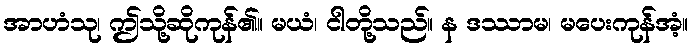
အာဟံသု၊ ဤသို့ဆိုကုန်၏။ မယံ၊ ငါတို့သည်။ န ဒဿာမ၊ မပေးကုန်အံ့။